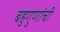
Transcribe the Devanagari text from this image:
बहुगुणांची